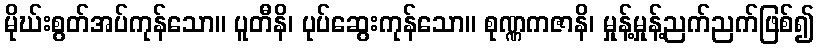
မိုဃ်းစွတ်အပ်ကုန်သော။ ပူတီနိ၊ ပုပ်ဆွေးကုန်သော။ စုဏ္ဏကဇာနိ၊ မှုန့်မှုန့်ညက်ညက်ဖြစ်၍